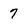
Character: 7